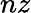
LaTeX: nz